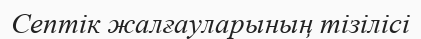
Септік жалғауларының тізілісі